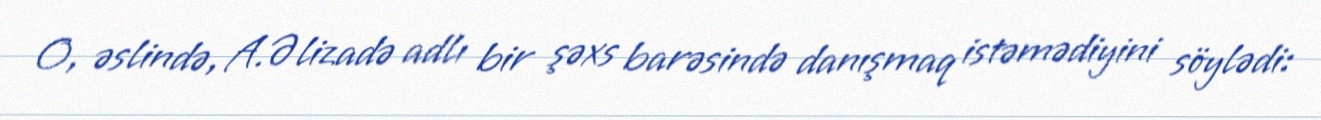
O, əslində, A.Əlizadə adlı bir şəxs barəsində danışmaq istəmədiyini söylədi: